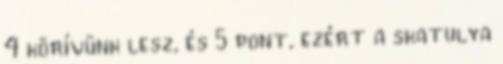
4 körívünk lesz, és 5 pont, ezért a skatulya